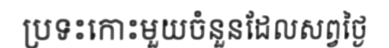
ប្រទះកោះមួយចំនួនដែលសព្វថ្ងៃ